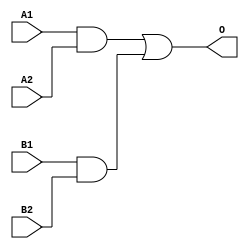
module JDB22A(A1, A2, B1, B2, O);
input   A1;
input   A2;
input   B1;
input   B2;
output  O;
and g0(w0, A1, A2);
and g1(w3, B1, B2);
or g2(O, w0, w3);
endmodule